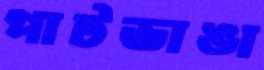
পাটভাঙা